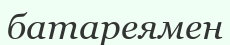
батареямен